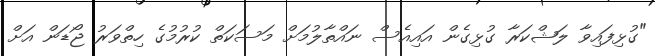
"ގުޅިފައިވާ ލަޝްކަރާ ގުޅިގެން އައިއެސް ނައްތާލުމަށް މަސަކަތް ކުރުމުގެ ހިތްވަރު ޖޯޑަން އަށް